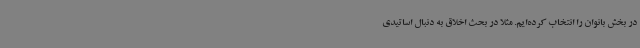
در بخش بانوان را انتخاب کرده‌ایم. مثلا در بحث اخلاق به دنبال اساتیدی